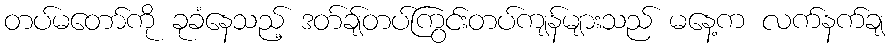
တပ်မတော်ကို ခုခံနေသည့် ဒတ်ချ်တပ်ကြွင်းတပ်ကျန်များသည် မနေ့က လက်နက်ချ